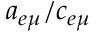
a _ { e \mu } / c _ { e \mu }